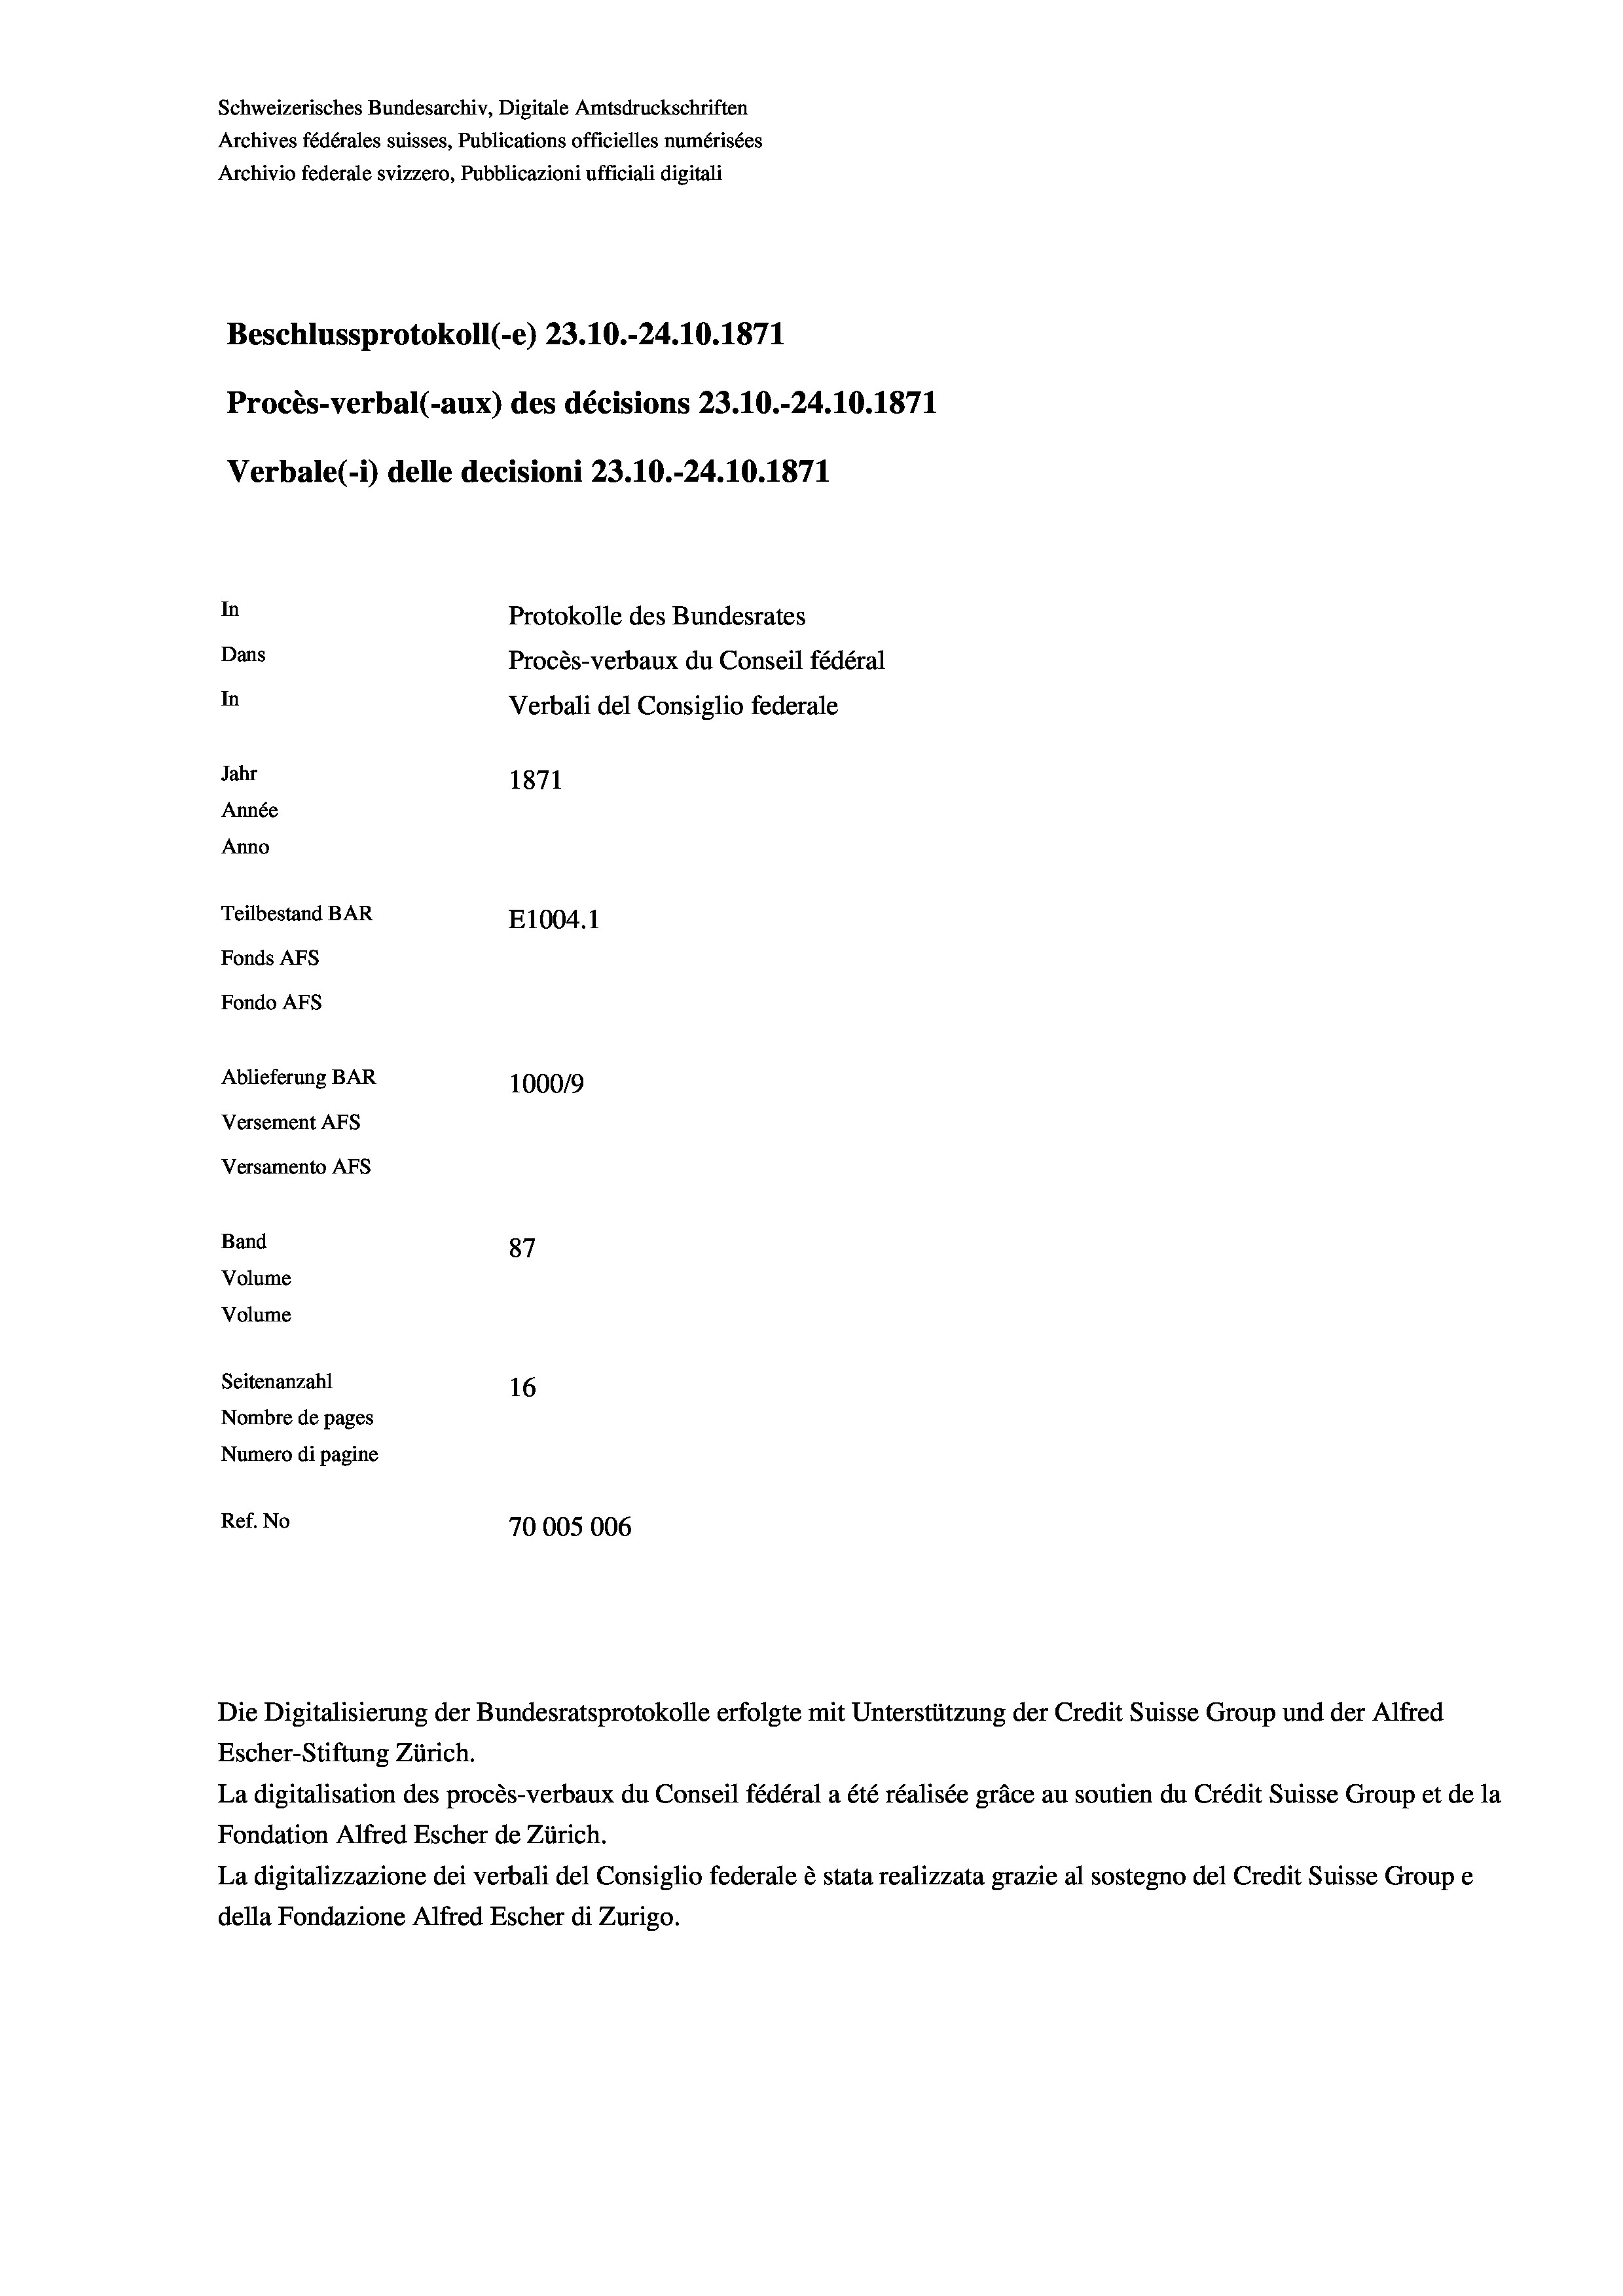
Schweizerisches Bundesarchiv, Digitale Amtsdruckschriften
Archives fédérales suisses, Publications officielles numérisées
Archivio federale svizzero, Pubblicazioni ufficiali digitali
Beschlussprotokoll (-e) 23.10.-24.10.1871
Procès-verbal (-aux) des décisions 23.10.-24.10.1871
Verbale(-*) delle decisioni 23.10.-24.10.1871
In
Protokolle des Bundesrates
Dans
Procès-verbaux du Conseil fédéral
In
Verbali del Consiglio federale
Jahr
1871
Année
Anno
Teilbestand BAR
E1004. 1
Fonds AFs
Fondo Afs
Ablieferung BAR
100019
Versement AFs
Versamento Afs

87
Seitenanzahl
16
Nombre de pages
Numero di pagine
Ref. No
70005006

Band
Volume

Volume

Die Digitalisierung der Bundesratsprotokolle erfolgte mit Unterstützung der Credit Suisse Group und der Alfred
Escher-Stiftung Zürich.
La digitalisation des procès-verbaux du Conseil fédéral a été réalisée gräce au soutien du Crédit Suisse Group et de la
Fondation Alfred Escher de Zürich.
La digitalizzazione dei verbali del Consiglio federale è stata realizzata grazie al sostegno del Credit Suisse Groupe
della Fondazione Alfred Escher di Zurigo.